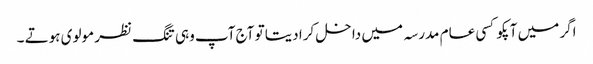
اگر میں آپکو کسی عام مدرسہ میں داخل کرا دیتا تو آج آپ وہی تنگ نظر مولوی ہوتے ۔